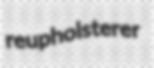
reupholsterer